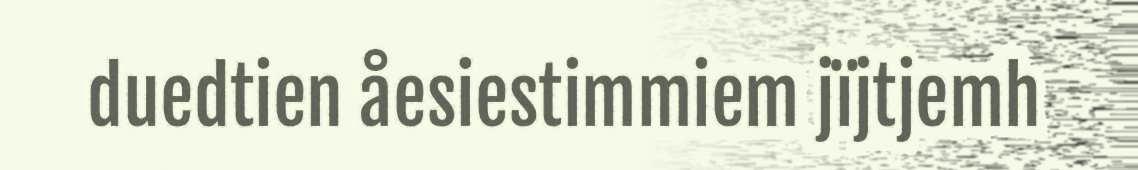
duedtien åesiestimmiem jïjtjemh